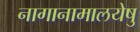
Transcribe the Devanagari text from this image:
नागानामालयेषु